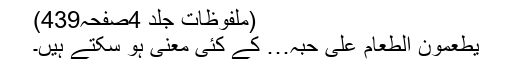
(ملفوظات جلد 4صفحہ439)
یُطْعِمُوْنَ الطَّعَامَ عَلیٰ حُبِّہٖ… کے کئی معنی ہو سکتے ہیں۔